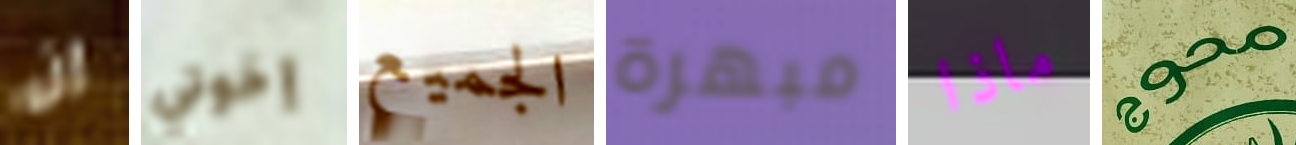
إن إخوتي الجميع مبهرة ماذا محوج